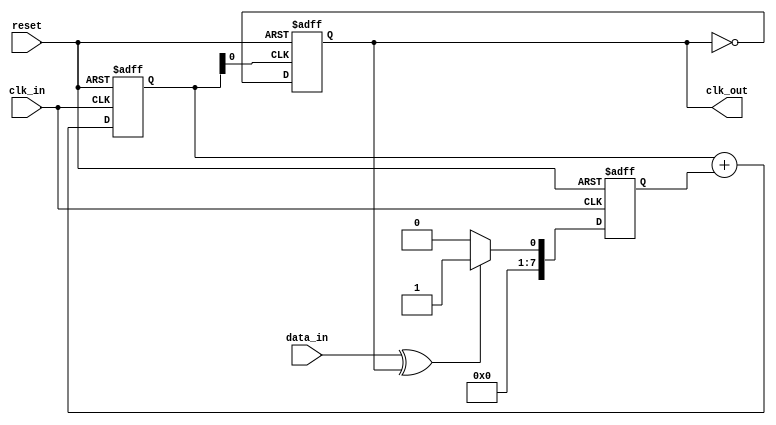
module clock_recovery_pll (
    input  wire clk_in,        // Incoming data clock signal
    input  wire data_in,       // Incoming data signal
    input  wire reset,         // Asynchronous reset
    output wire clk_out        // Output recovered clock signal
);

    // Parameters for PLL configuration
    parameter PHASE_WIDTH = 8; // Width of phase information
    parameter MEMORY_SIZE  = 16; // Size of memory for timing info

    // Phase Detector Outputs
    reg [PHASE_WIDTH-1:0] phase_error;
    
    // Loop Filter Output
    reg [PHASE_WIDTH-1:0] control_voltage;
    
    // VCO Output
    reg clk_vco;
    
    // Memory blocks
    reg [PHASE_WIDTH-1:0] memory_blocks[0:MEMORY_SIZE-1];
    integer mem_ptr;
    
    // Phase Detector (Simple XOR based)
    always @(posedge clk_in or posedge reset) begin
        if (reset) begin
            phase_error <= 0;
        end else begin
            // Simple phase comparison
            phase_error <= (data_in ^ clk_vco) ? 1 : 0; // 1 if data_in and clk_vco are out of phase
        end
    end

    // Loop Filter (Simple Integrator)
    always @(posedge clk_in or posedge reset) begin
        if (reset) begin
            control_voltage <= 0;
        end else begin
            control_voltage <= control_voltage + phase_error; // Integrate phase error
            // Limit control_voltage as necessary to prevent overflow
        end
    end

    // Voltage-Controlled Oscillator (VCO)
    always @(posedge control_voltage[0] or posedge reset) begin
        if (reset) begin
            clk_vco <= 0;
        end else begin
            clk_vco <= ~clk_vco; // Toggle VCO output clock
            // Adjust frequency based on control_voltage (requires more sophisticated implementation)
        end
    end

    // Store phase information in memory blocks
    always @(posedge clk_in or posedge reset) begin
        if (reset) begin
            mem_ptr <= 0;
        end else begin
            memory_blocks[mem_ptr] <= phase_error; // Store current phase error
            mem_ptr <= (mem_ptr + 1) % MEMORY_SIZE; // Circular buffer behavior
        end
    end

    // Output clock signal
    assign clk_out = clk_vco;

endmodule